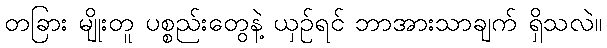
တခြား မျိုးတူ ပစ္စည်းတွေနဲ့ ယှဉ်ရင် ဘာအားသာချက် ရှိသလဲ။